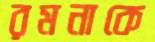
রমনাকে